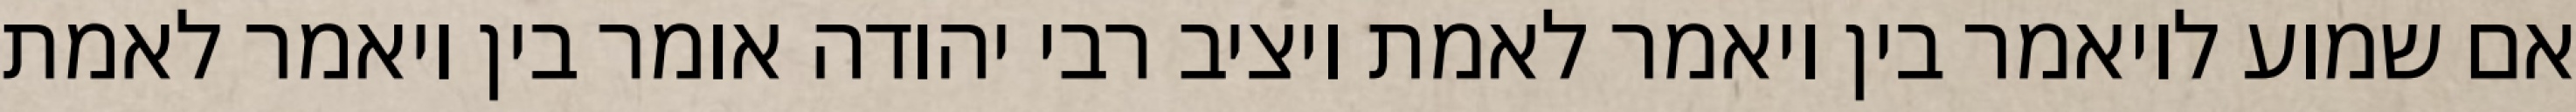
אם שמוע לויאמר בין ויאמר לאמת ויציב רבי יהודה אומר בין ויאמר לאמת